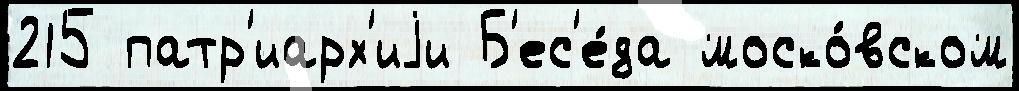
215 патр'иарх'иjи Б'ес'е́да моско́вском